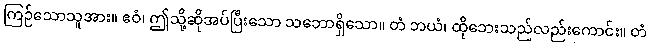
ကြဉ်သောသူအား။ ဧဝံ၊ ဤသို့ဆိုအပ်ပြီးသော သဘောရှိသော။ တံ ဘယံ၊ ထိုဘေးသည်လည်းကောင်း။ တံ